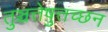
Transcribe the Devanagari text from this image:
तुञ्चत्तेष़ुत्तच्छन